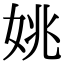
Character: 姚